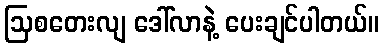
ဩစတေးလျ ဒေါ်လာနဲ့ ပေးချင်ပါတယ်။